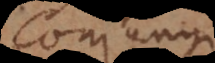
conjungi.